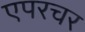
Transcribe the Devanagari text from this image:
एपरचर